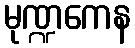
မုဏ္ဍကေန